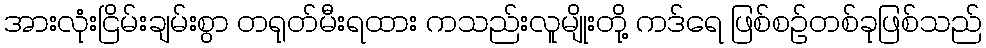
အားလုံးငြိမ်းချမ်းစွာ တရုတ်မီးရထား ကသည်းလူမျိုးတို့ ကဒ်ရေ ဖြစ်စဉ်တစ်ခုဖြစ်သည်